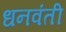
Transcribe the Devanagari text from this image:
धनवंती